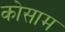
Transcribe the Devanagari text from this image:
कोसाम